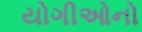
યોગીઓનો